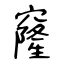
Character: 窿